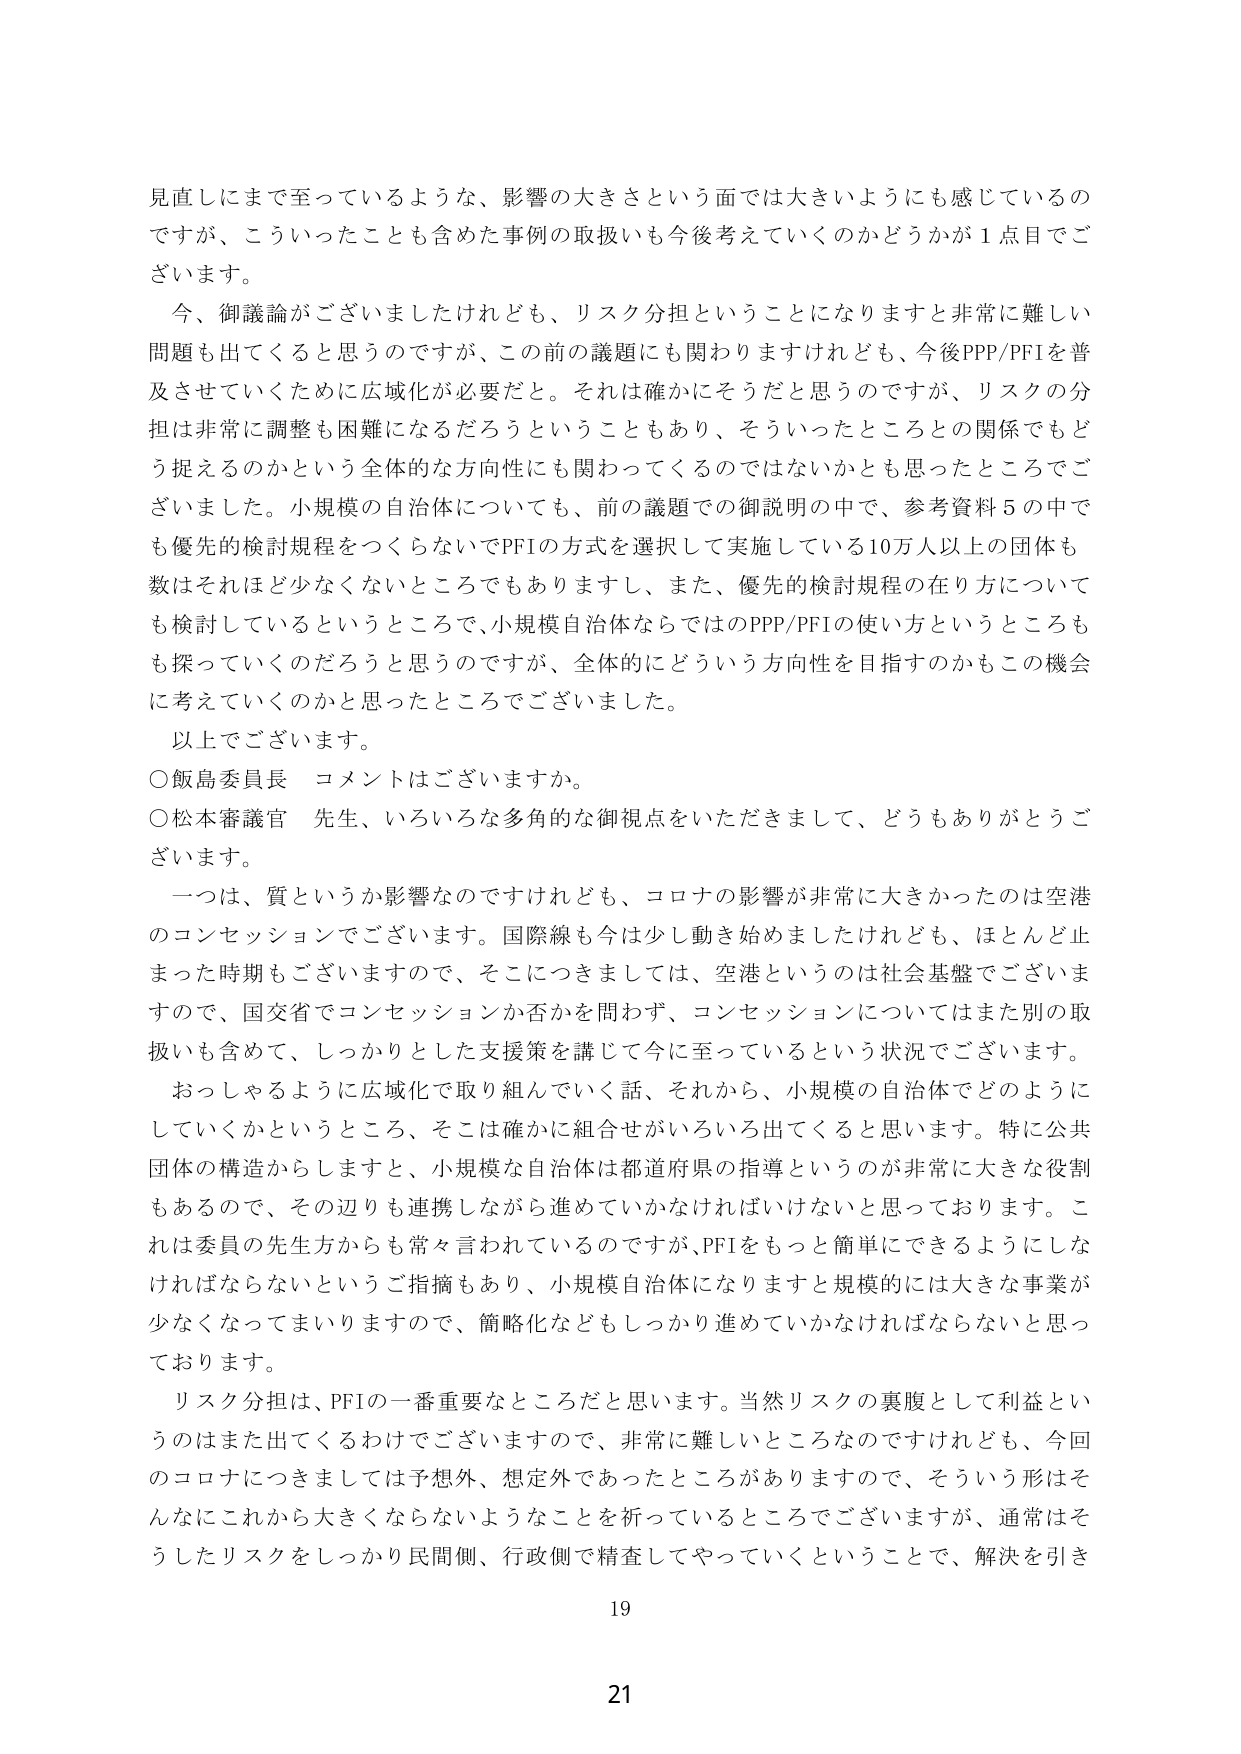
見直しにまで至っているような、影響の大きさという面では大きいようにも感じているのですが、こういったことも含めた事例の取扱いも今後考えていくのかどうかが１点目でございます。

今、御議論がございましたけれども、リスク分担ということになりますと非常に難しい問題も出てくると思うのですが、この前の議題にも関わりますけれども、今後PPP/PFIを普及させていくために広域化が必要だと。それは確かにそうだと思うのですが、リスクの分担は非常に調整も困難になるだろうということもあり、そういったところとの関係でもどう捉えるのかという全体的な方向性にも関わってくるのではないかとも思ったところでございます。小規模の自治体についても、前の議題での御説明の中で、参考資料５の中でも優先的検討規程をつくらないでPFIの方式を選択して実施している10万人以上の団体も数はそれほど少なくないところでもありますし、また、優先的検討規程の在り方についても検討しているというところで、小規模自治体ならではのPPP/PFIの使い方というところも探っていくのだろうと思うのですが、全体的にどういう方向性を目指すのかもこの機会に考えていくのかと思ったところでございました。

以上でございます。

○飯島委員長　コメントはございますか。

○松本審議官　先生、いろいろな多角的な御視点をいただきまして、どうもありがとうございます。

一つは、質というか影響なのですが、コロナの影響が非常に大きかったのは空港のコンセッションでございます。国際線も今は少し動き始めましたけれども、ほとんど止まった時期もございますので、そこにつきましては、空港というのは社会基盤でございますので、国交省でコンセッションか否かを問わず、コンセッションについてはまた別の取扱いも含めて、しっかりとした支援策を講じて今に至っているという状況でございます。

おっしゃるように広域化で取り組んでいく話、それから、小規模の自治体でどのようにしていくかというところ、そこは確かに組合せがいろいろ出てくると思います。特に公共団体の構造からしますと、小規模な自治体は都道府県の指導というのが非常に大きな役割もあるので、その辺りも連携しながら進めていかなければならないと思っております。これは委員の先生方からも常々言われているのですが、PFIをもっと簡単にできるようにしなければならないというご指摘もあり、小規模自治体になりますと規模的には大きな事業が少なくなってまいりますので、簡略化などもしっかり進めていかなければならないと思っております。

リスク分担は、PFIの一番重要なところだと思います。当然リスクの裏腹として利益というのはまた出てくるわけでございますので、非常に難しいところなのですが、今回のコロナにつきましては予想外、想定外であったところがありますので、そういう形はそんなにこれから大きくならないようなことを祈っているところでございますが、通常はそうしたリスクをしっかり民間側、行政側で精査してやっていくということで、解決を引き

19

21